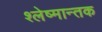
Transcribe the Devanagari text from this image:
श्‍लेष्मान्तक